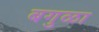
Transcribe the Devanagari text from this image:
बगुळा